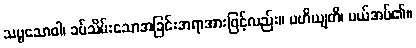
သဗ္ဗသောဝါ၊ ခပ်သိမ်းသောအခြင်းအရာအားဖြင့်လည်း။ ပဟိယျတိ၊ ပယ်အပ်၏။